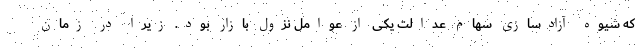
که شیوه آزادسازی سهام عدالت یکی از عوامل نزول بازار بود. زیرا در زمان